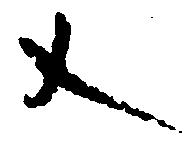
文